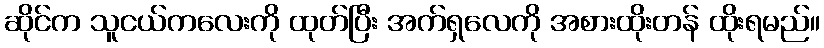
ဆိုင်က သူငယ်ကလေးကို ထုတ်ပြီး အက်ရှလေကို အစားထိုးတန် ထိုးရမည်။